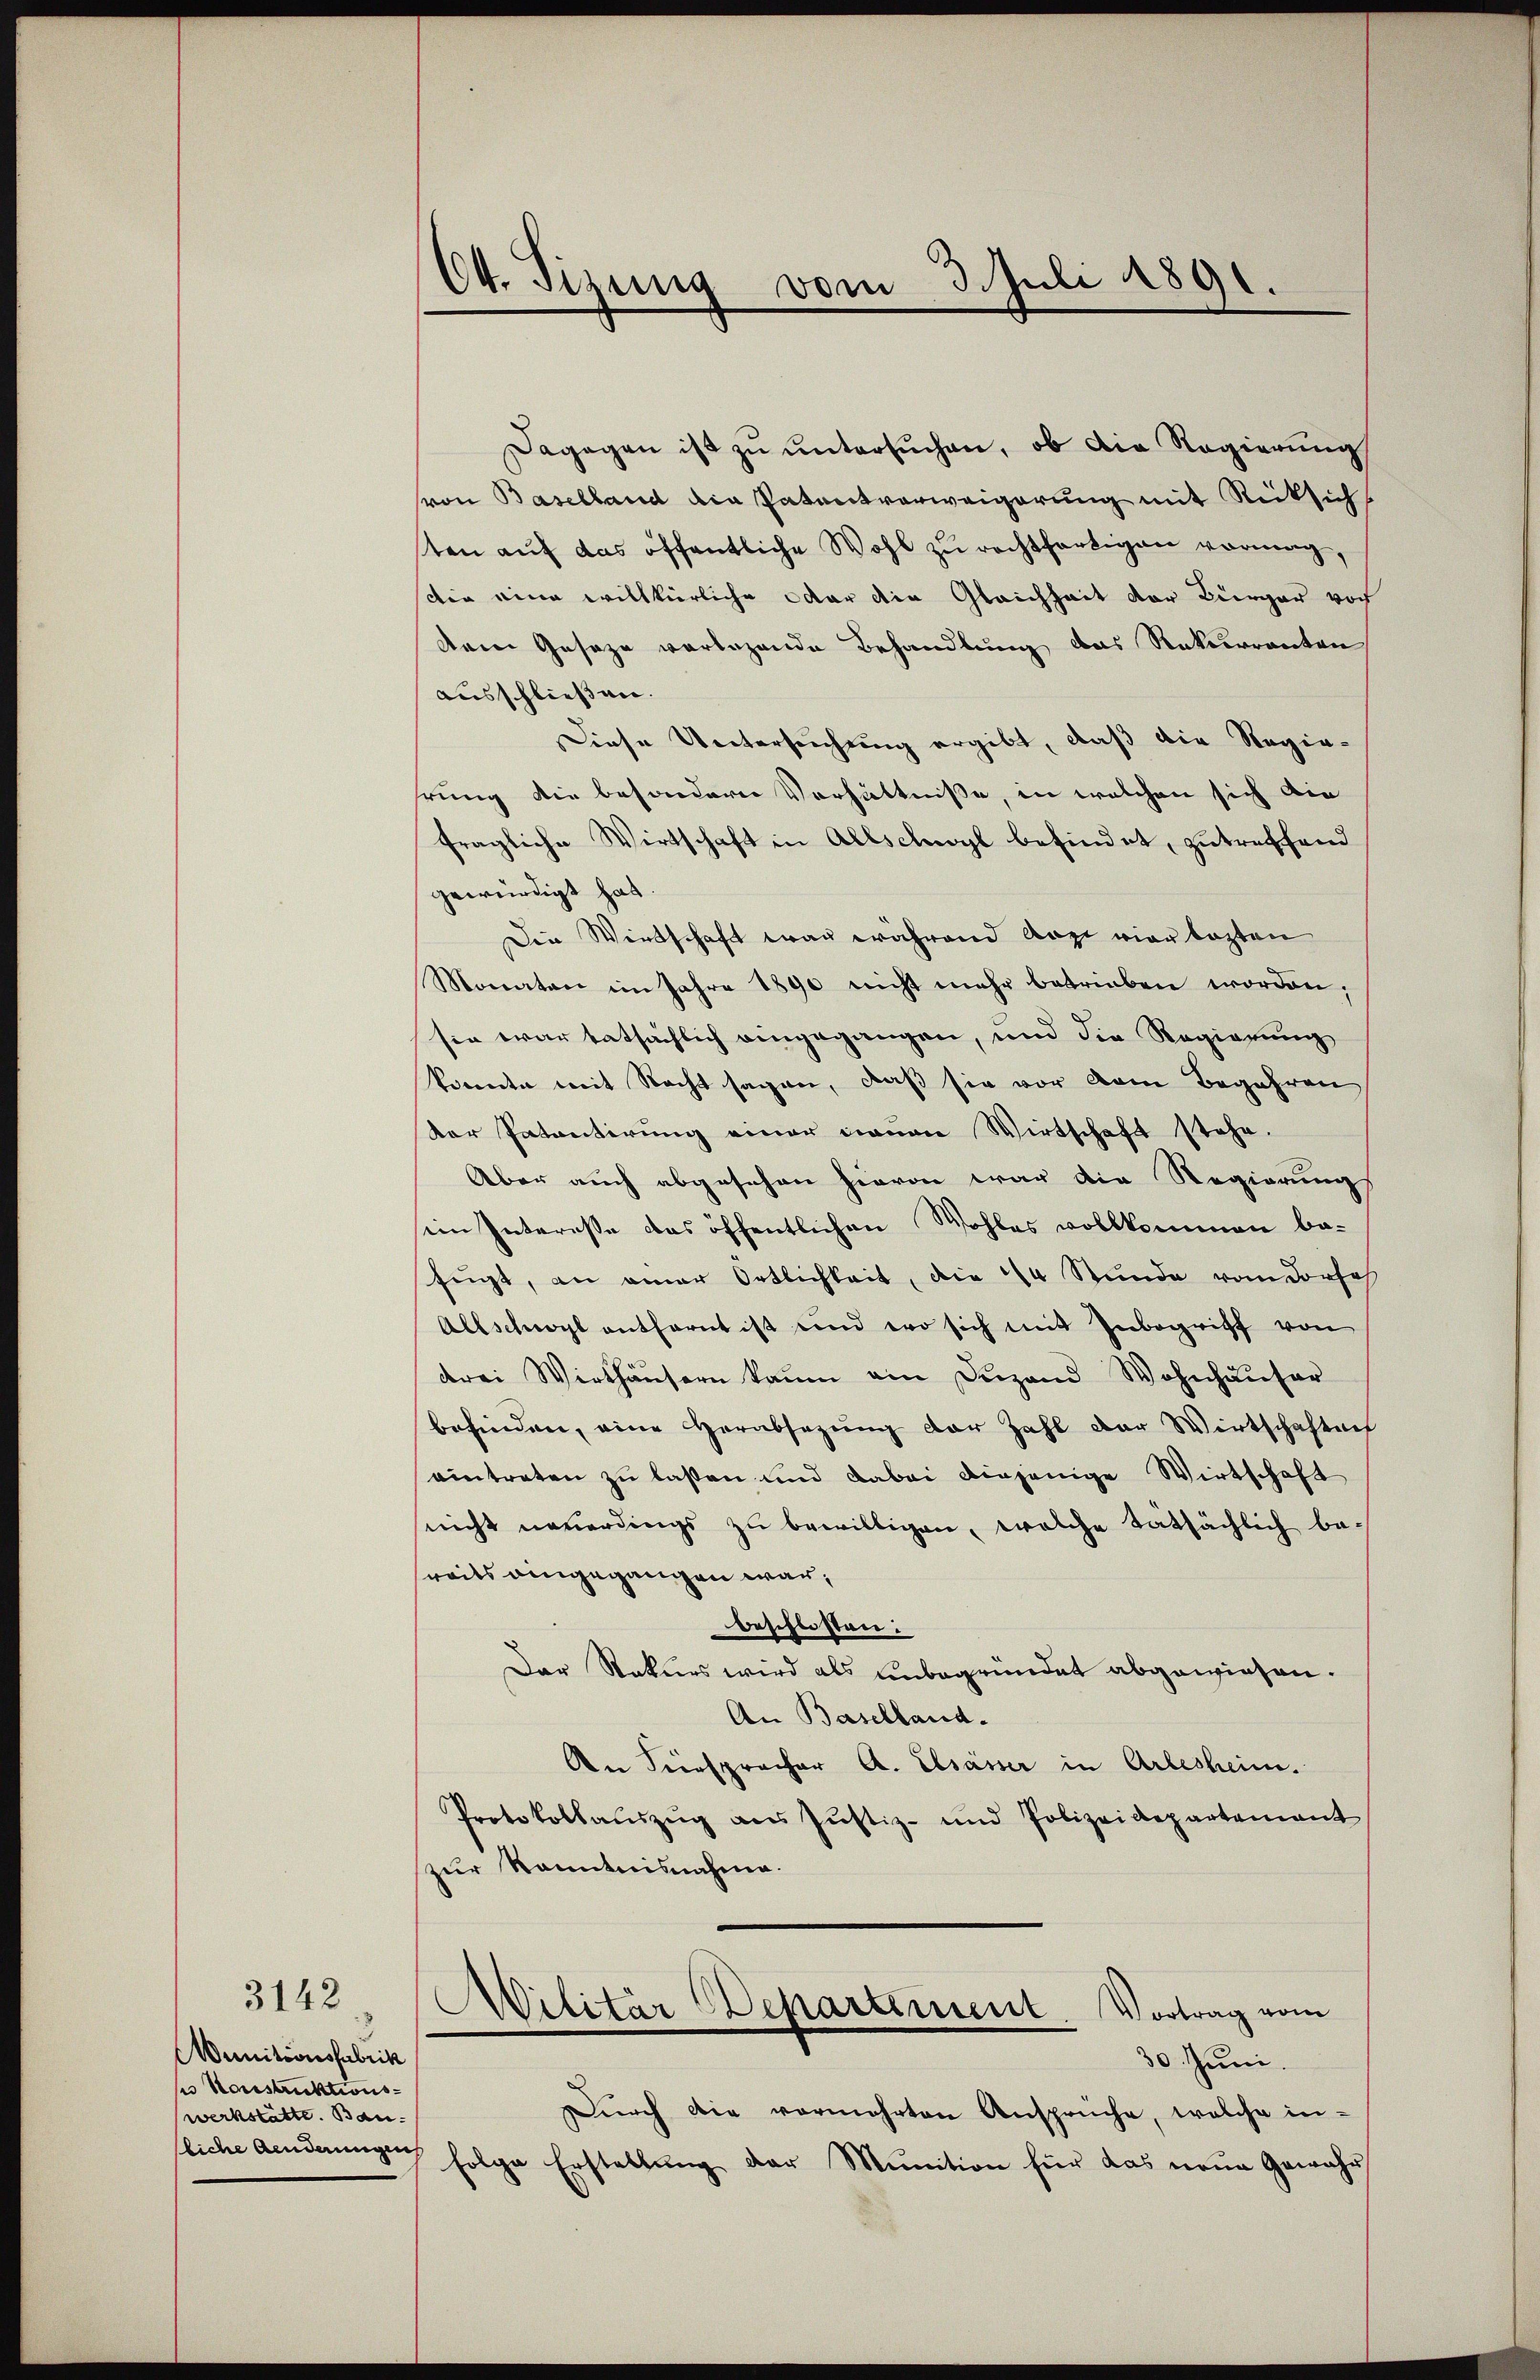
Wunitionsfabrik
ps Konstruktionswerkstätte. Bau
sliche Aenderungen

3142

64. Sizung vom 3. Juli 1891.

Dagegen ist zŭ ŭntersŭchen, ob die Regierung
sron Baselland die Patentverweigerung mit Rücksich
ten auf das öffentliche Wohl zu rechtfertigen vormag,
die eine willkürliche oder die Gleichheit der Bürger vor
dem Geseze vorlegende Behandlung das Rekurrenten
ausschließen.
Diese Untersuchung ergibt, daß die Regierung die besondern Verhältniße, in welchen sich die
fragliche Wirtschaft in Allschwyl befindet, zutreffend
gewürdigt hat.
Die Wirtschaft war während Auge vier lezten
Monaten im Jahre 1890 nicht mehr betrieben worden;
sie war tatsächlich eingegangen, und die Regierung
konnte mit Nacht sagen, daß sie vor dem Begehren
der Patentirung einer dienen Wirtschaft stehe.
Aber auch abgesehen hievon war die Regierung
eim Interesse das öffentlichen Wohles vollkommen befügt, an einer Ortlichkeit, die 14 Stunde vom Dorseh
Allschwyl entfernt ist und wo sich mit Inbegriff von
drei Wirthäŭsern kaum ein Dugand Wohnhäŭser
befinden, eine Herabsezung der Zahl der Wirtschaften
eintreten zu laßen und dabei diejenige Wirtschaft
nicht neuerdings zu bewilligen, welche tatsächlich be-
reits eingegangen war,
beschlossen:
Der Rekurs wird als unbegründet abgewiesen.
An Baselland.
An Verspracher A. Elsässer in Arlesheim.
Protokollaŭszŭg ans Justiz- und Polizeidepartement
zur Kenntnisnahme.
Militär Departement. Vortrag vom
30. Juni.
Durch die vermehrten Anspruche, welche infolge Erstellŭng der Munition für das neue Gewähr